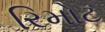
રિમોટ